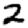
Digit: 2